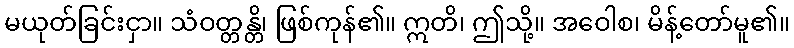
မယုတ်ခြင်းငှာ။ သံဝတ္တန္တိ၊ ဖြစ်ကုန်၏။ ဣတိ၊ ဤသို့။ အဝေါစ၊ မိန့်တော်မူ၏။